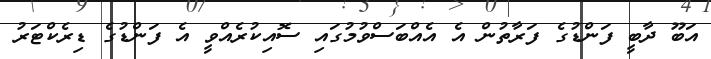
އަބޫ ދާބީ ފަންޑުގެ ފަރާތުން އެ އެއްބަސްވުމުގައި ސޮއިކުރެއްވީ އެ ފަންޑުގެ ޑިރެކްޓަރު